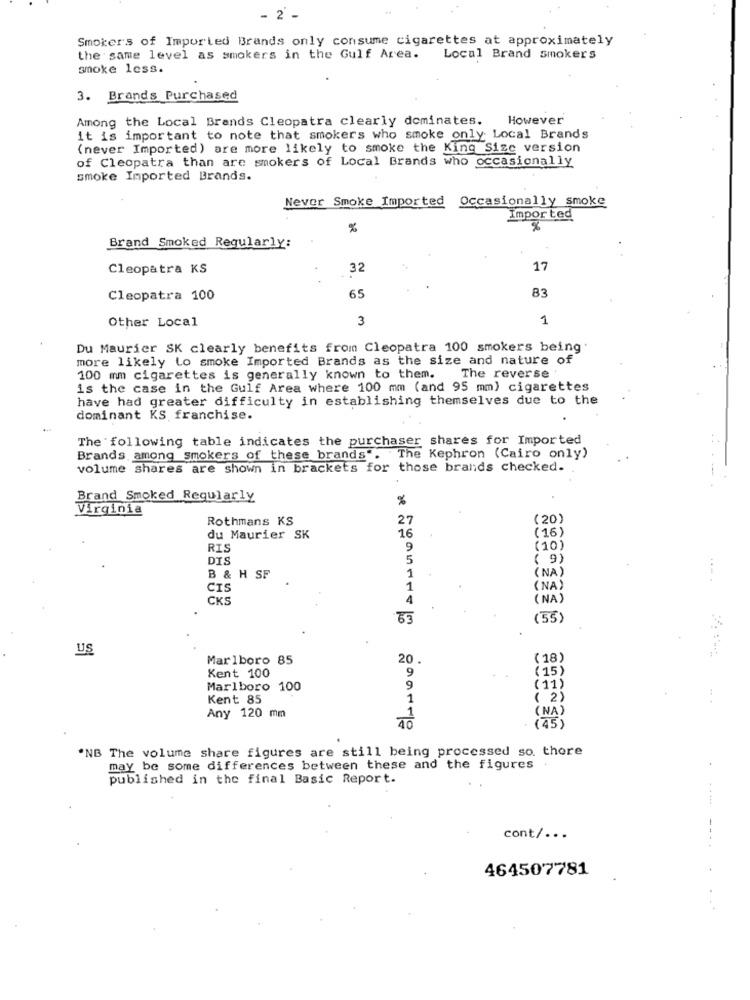
- 2 -
Smokers of Imported Brands only consume cigarettes at approximately
the same level as smokers in the Gulf Area.
Local Brand Smokers
smoke less.
3. Brands Purchased
Among the Local Brands Cleopatra clearly dominates.
However
it is important to note that smokers who smoke only Local Brands
(never Imported) are more likely to smoke the King Size version
of Cleopatra than are smokers of Local Brands who occasionally
smoke Imported Brands.
Never Smoke Imported
Occasionally smoke
Impor ted
%
Brand Smoked Regularly:
Cleopatra KS
32
17
65
83
Cleopatra 100
Other Local
3
1
Du Maurier SK clearly benefits from Cleopatra 100 smokers being
more likely to smoke Imported Brands as the size and nature of
100 mm cigarettes is generally known to them.
The reverse
is the case in the Gulf Area where 100 mm (and 95 mm) cigarettes
have had greater difficulty in establishing themselves due to the
dominant KS franchise.
The following table indicates the purchaser shares for Imported
Brands among smokers of these brands". The Kephron (Cairo only)
volume shares are shown in brackets for those brands checked.
Brand Smoked Regularly
%
Virginia
Rothmans KS
27
(20)
16
(16)
du Maurier SK
RIS
9
(10)
DIS
5
( 9)
(NA)
B & H SF
1
.. .
CIS
1
(NA)
CKS
4
( NA)
(55)
US
Marlboro 85
20
( 18)
Kent 100
( 15)
9
Marlboro 100
9
(11)
Kent 85
( 2)
.. .
(NA
Any 120 mm
40
(45
'NB The volume share figures are still being processed so. there
may be some differences between these and the figures
published in the final Basic Report.
cont/ ...
464507781
.. .